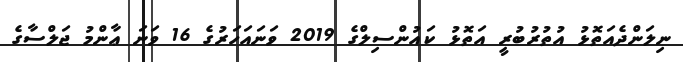
ނިލަންދެއަތޮޅު އުތުރުބުރީ އަތޮޅު ކައުންސިލްގެ 2019 ވަނައަހަރުގެ 16 ވަނަ ޢާންމު ޖަލްސާގެ